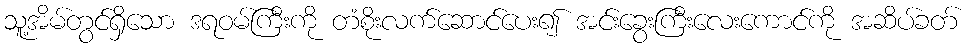
သူ့အိမ်တွင်ရှိသော ဒရဝမ်ကြီးကို တံစိုးလက်ဆောင်ပေး၍ အင်းခွေးကြီးလေးကောင်ကို အဆိပ်ခတ်